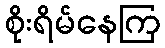
စိုးရိမ်နေကြ